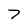
Character: 7